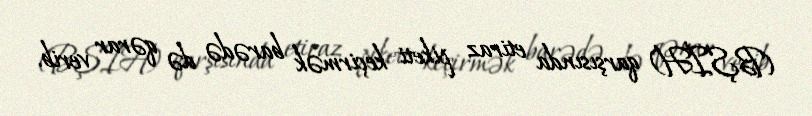
(BŞİH) qarşısında etiraz piketi keçirmək barədə də qərar verib.